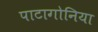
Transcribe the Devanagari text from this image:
पाटागोनिया